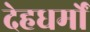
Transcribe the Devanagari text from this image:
देहधर्मों